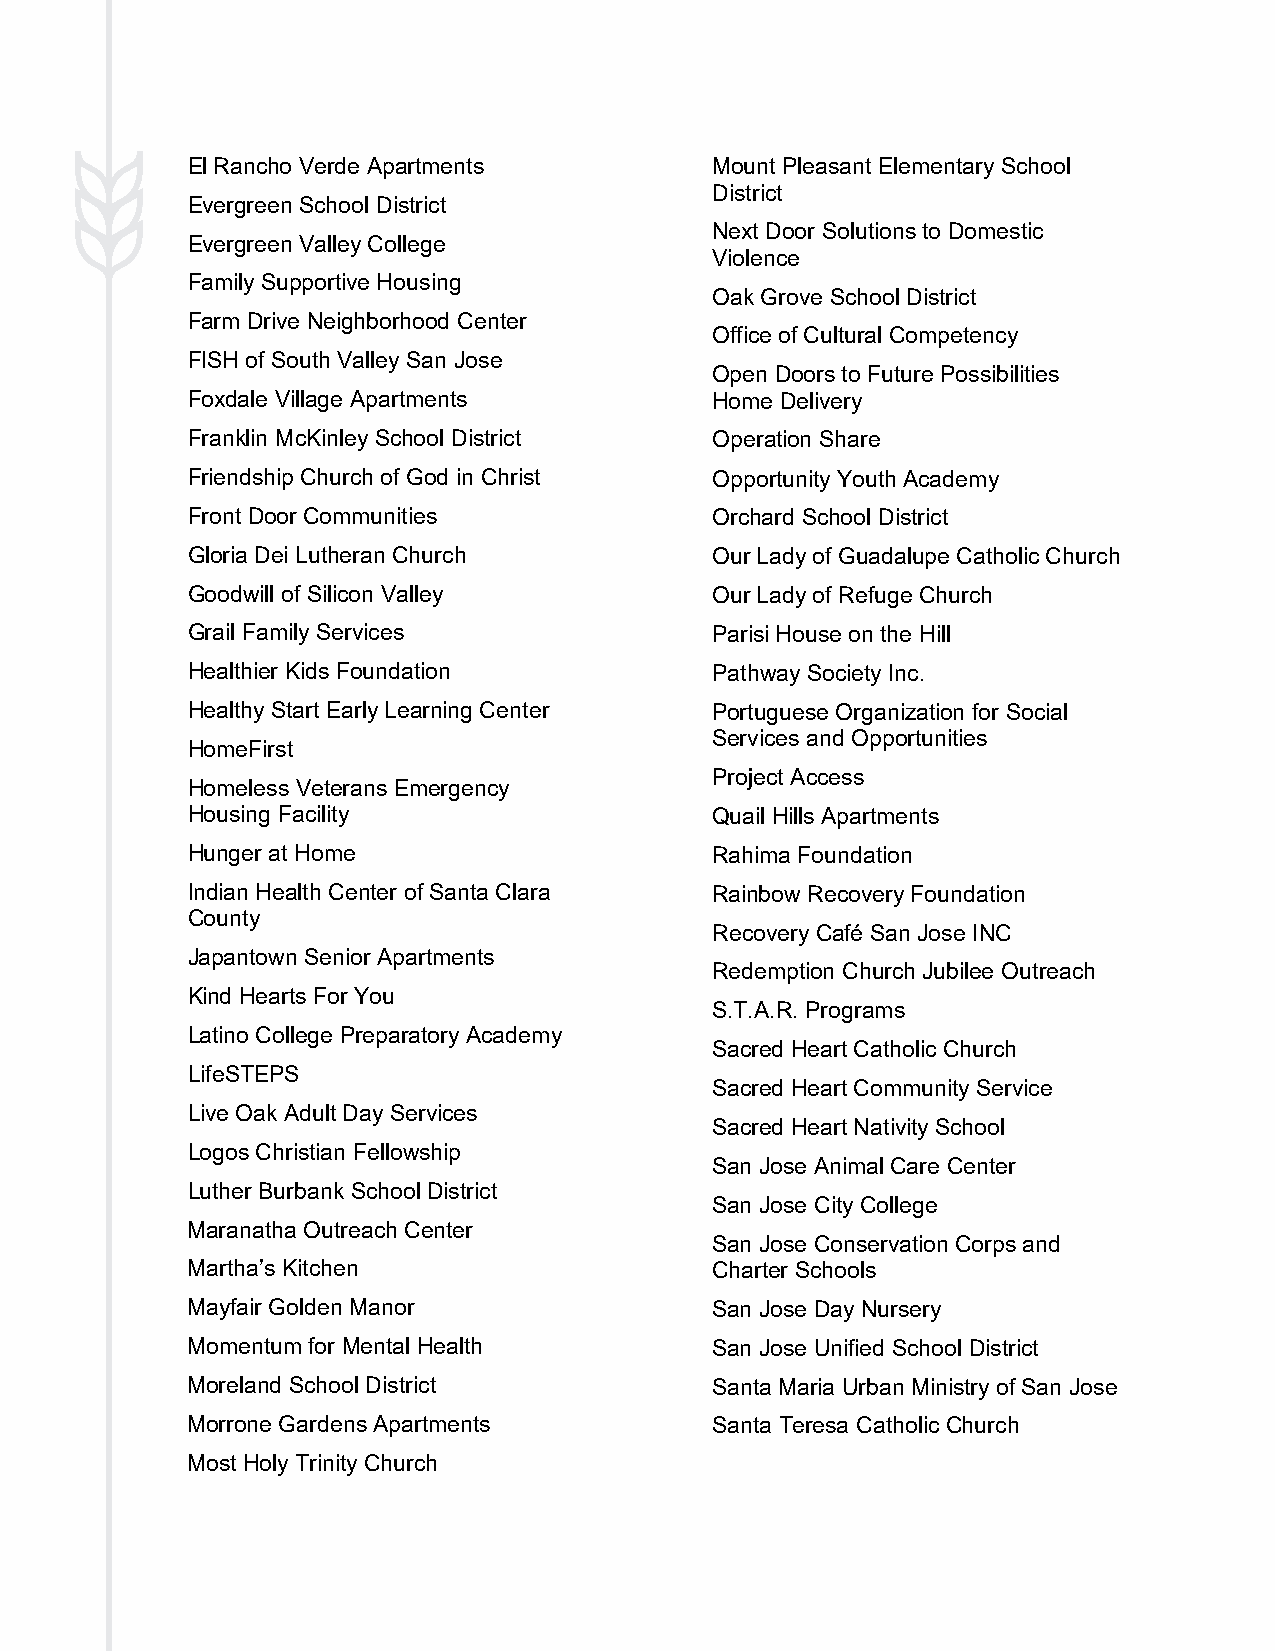
El Rancho Verde Apartments         Mount Pleasant Elementary School
 District
 Evergreen School District
 Next Door Solutions to Domestic
 Evergreen Valley College
 Violence
 Family Supportive Housing
 Oak Grove School District
 Farm Drive Neighborhood Center
 Office of Cultural Competency
 FISH of South Valley San Jose
 Open Doors to Future Possibilities
 Foxdale Village Apartments         Home Delivery
 Franklin McKinley School District  Operation Share
 Friendship Church of God in Christ Opportunity Youth Academy
 Front Door Communities             Orchard School District
 Gloria Dei Lutheran Church         Our Lady of Guadalupe Catholic Church
 Goodwill of Silicon Valley         Our Lady of Refuge Church
 Grail Family Services              Parisi House on the Hill
 Healthier Kids Foundation          Pathway Society Inc.
 Healthy Start Early Learning Center Portuguese Organization for Social
 Services and Opportunities
 HomeFirst
 Project Access
 Homeless Veterans Emergency
 Housing Facility                   Quail Hills Apartments
 Hunger at Home                     Rahima Foundation
 Indian Health Center of Santa Clara Rainbow Recovery Foundation
 County
 Recovery Café San Jose INC
 Japantown Senior Apartments
 Redemption Church Jubilee Outreach
 Kind Hearts For You
 S.T.A.R. Programs
 Latino College Preparatory Academy
 Sacred Heart Catholic Church
 LifeSTEPS
 Sacred Heart Community Service
 Live Oak Adult Day Services
 Sacred Heart Nativity School
 Logos Christian Fellowship
 San Jose Animal Care Center
 Luther Burbank School District
 San Jose City College
 Maranatha Outreach Center
 San Jose Conservation Corps and
 Martha’s Kitchen                   Charter Schools
 Mayfair Golden Manor               San Jose Day Nursery
 Momentum for Mental Health         San Jose Unified School District
 Moreland School District           Santa Maria Urban Ministry of San Jose
 Morrone Gardens Apartments         Santa Teresa Catholic Church
 Most Holy Trinity Church